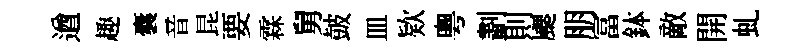
遒趣囊音昆要霖舅皷皿欵粵劃則颸朋冨鉢敵開虬